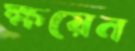
ক্ষয়েন